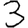
Digit: 3